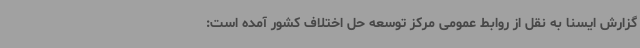
گزارش ایسنا به نقل از روابط عمومی مرکز توسعه حل اختلاف کشور آمده است: